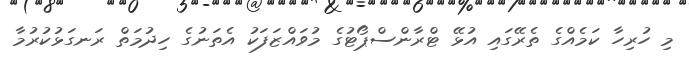
މި ހުރިހާ ކަމެއްގެ ތެރޭގައި އުޅޭ ޓްރާންސްޕޯޓުގެ މުވައްޒަފަކު އެތަނުގެ ހިދުމަތް ރަނގަޅުކުރުމާ